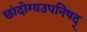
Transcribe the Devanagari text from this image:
छांदोग्यउपनिषद्